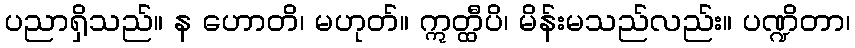
ပညာရှိသည်။ န ဟောတိ၊ မဟုတ်။ ဣတ္ထီပိ၊ မိန်းမသည်လည်း။ ပဏ္ဍိတာ၊